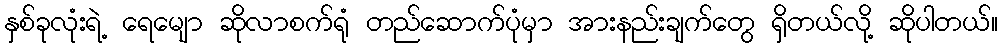
နှစ်ခုလုံးရဲ့ ရေမျော ဆိုလာစက်ရုံ တည်ဆောက်ပုံမှာ အားနည်းချက်တွေ ရှိတယ်လို့ ဆိုပါတယ်။